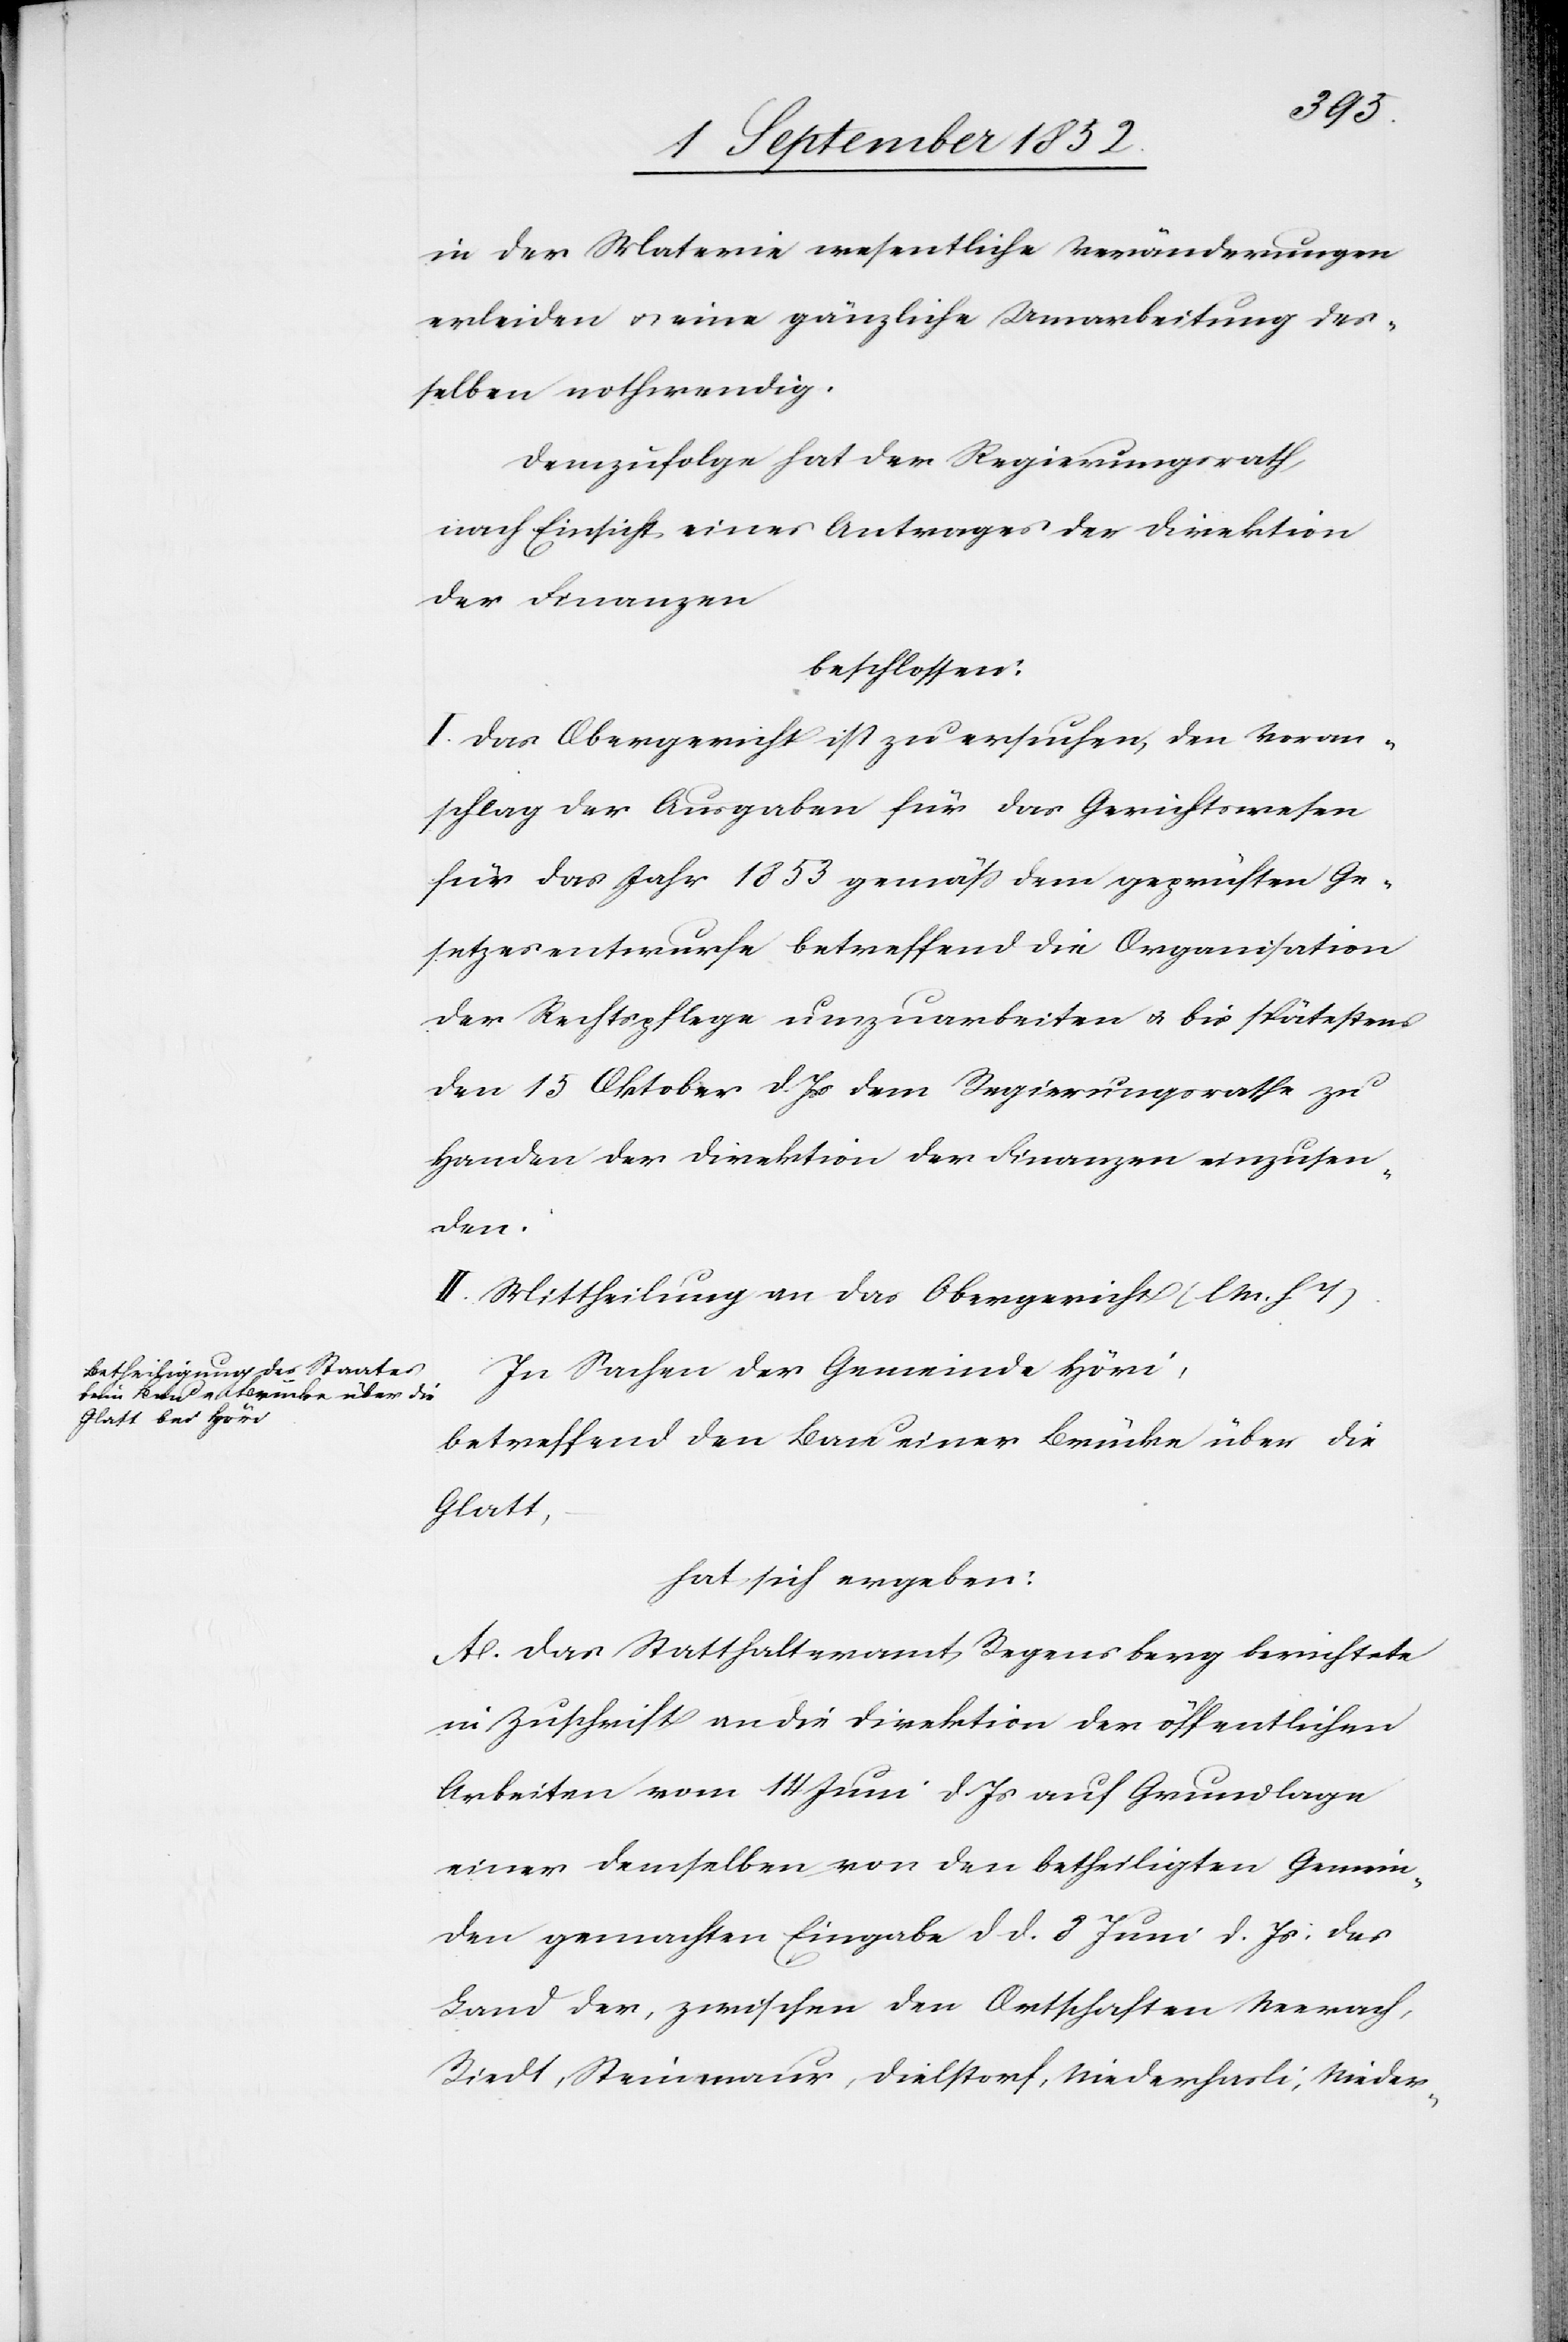
in der Materie wesentliche Veränderungen
erleiden & eine gänzliche Umarbeitung des¬
selben nothwendig.
Demzufolge hat der Regierungsrath,
nach Einsicht eines Antrages der Direktion
der Finanzen
beschlossen:
I. Das Obergericht ist zu ersuchen, den Voran¬
schlag der Ausgaben für das Gerichtswesen
für das Jahr 1853 gemäß dem geprüften Ge¬
setzesentwurfe betreffend die Organisation
der Rechtspflege umzuarbeiten & bis spätestens
den 15 Oktober d. Js dem Regierungsrathe zu
Handen der Direktion der Finanzen einzusen¬
den.
II. Mittheilung an das Obergericht (l M. h T).
In Sachen der Gemeinde Höri,
betreffend den Bau einer Brücke über die
Glatt,
hat sich ergeben:
A. Das Statthalteramt Regensberg berichtete
in Zuschrift an die Direktion der öffentlichen
Arbeiten vom 14 Juni d. Js auf Grundlage
einer demselben von den betheiligten Gemein¬
den gemachten Eingabe d d. 8 Juni d. Js: das
Land der, zwischen den Ortschaften Neerach,
Riedt, Steinmaur, Dielstorf, Niederhasli, Nieder-